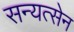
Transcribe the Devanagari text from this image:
सन्यत्सेन